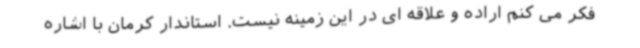
فکر می کنم اراده و علاقه ای در این زمینه نیست. استاندار کرمان با اشاره